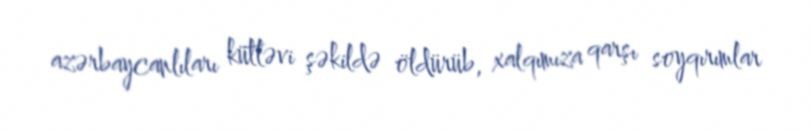
azərbaycanlıları kütləvi şəkildə öldürüb, xalqımıza qarşı soyqırımlar